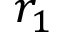
r _ { 1 }